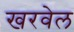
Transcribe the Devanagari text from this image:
खरवेल